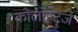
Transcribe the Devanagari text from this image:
कोलोहर्ट्ज